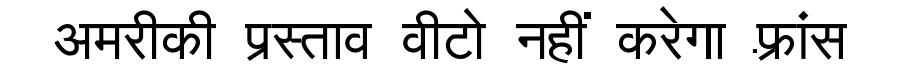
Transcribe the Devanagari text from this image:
अमरीकी प्रस्ताव वीटो नहीं करेगा फ़्रांस